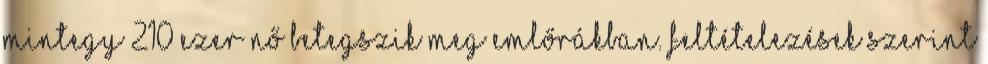
mintegy 210 ezer nő betegszik meg emlőrákban. Feltételezések szerint